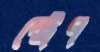
স্ট্রেপ